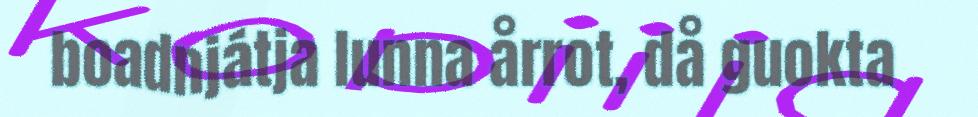
boadnjátja lunna årrot, då guokta